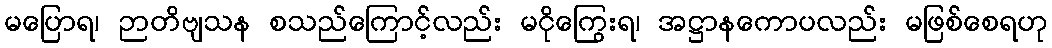
မပြောရ၊ ဉာတိဗျသန စသည်ကြောင့်လည်း မငိုကြွေးရ၊ အဋ္ဌာနကောပလည်း မဖြစ်စေရဟု